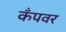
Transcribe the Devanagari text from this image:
कँपवर